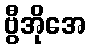
ဗွီအိုအေ